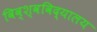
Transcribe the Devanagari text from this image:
विव्श्वविद्यालय